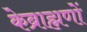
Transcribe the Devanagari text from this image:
केब्राह्मणों